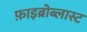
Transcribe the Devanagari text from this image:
फ़ाइब्रोब्लास्ट